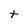
Character: t